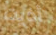
أذيت